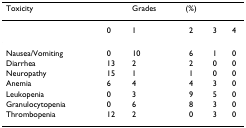
| Toxicity |  | Grades | (%) |  |  |
 | --- | --- | --- | --- | --- | --- |
 |  | 0 | 1 | 2 | 3 | 4 |
 | Nausea/Vomiting | 0 | 10 | 6 | 1 | 0 |
 | Diarrhea | 13 | 2 | 2 | 0 | 0 |
 | Neuropathy | 15 | 1 | 1 | 0 | 0 |
 | Anemia | 6 | 4 | 4 | 3 | 0 |
 | Leukopenia | 0 | 3 | 9 | 5 | 0 |
 | Granulocytopenia | 0 | 6 | 8 | 3 | 0 |
 | Thrombopenia | 12 | 2 | 0 | 3 | 0 |